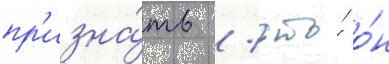
пр'изна́ть / что́ о́н